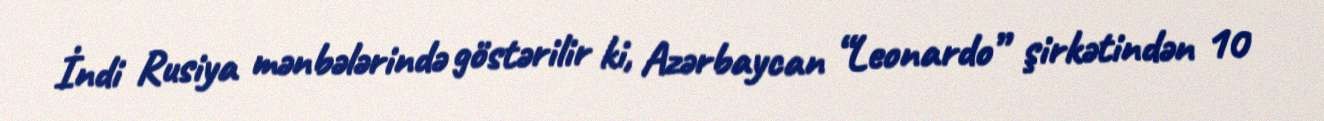
İndi Rusiya mənbələrində göstərilir ki, Azərbaycan “Leonardo” şirkətindən 10